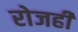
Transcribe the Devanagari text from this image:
रोजही